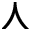
\curlywedge